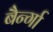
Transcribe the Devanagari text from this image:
बैर्न्गा